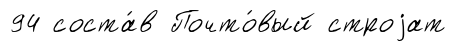
94 соста́в Почто́вый строjат